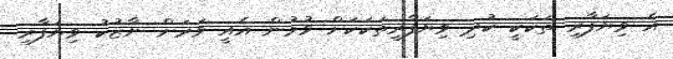
އެ ވިޔަފާރި ތަކަކީ ކުދި ވިޔަފާރިތަކަކަށް ވުމުން އެއީ ވަރަށް ނާޒުކު ވިޔަފާރި